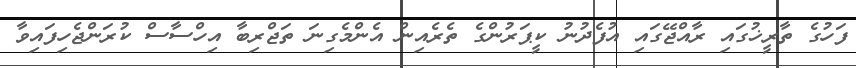
ފަހުގެ ތާރީޚުގައި ރާއްޖޭގައި އުފެދުނު ކީޕަރުންގެ ތެރެއިން އެންމެގިނަ ތަޖްރިބާ އިހްސާސް ކުރަންޖެހިފައިވާ